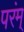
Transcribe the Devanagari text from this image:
परंम्